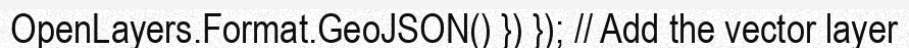
OpenLayers.Format.GeoJSON() }) }); // Add the vector layer